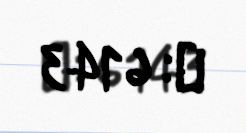
№: 6143